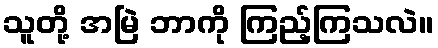
သူတို့ အမြဲ ဘာကို ကြည့်ကြသလဲ။